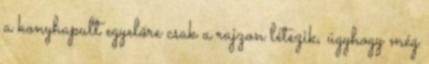
a konyhapult egyelőre csak a rajzon létezik, úgyhogy még